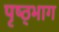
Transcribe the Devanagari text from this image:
पृष्ठ्भाग